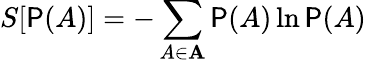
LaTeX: S[\mathsf{P}(A)]=-\sum_{A\in\mathbf{{A}}}\mathsf{P}(A)\ln\mathsf{P}(A)